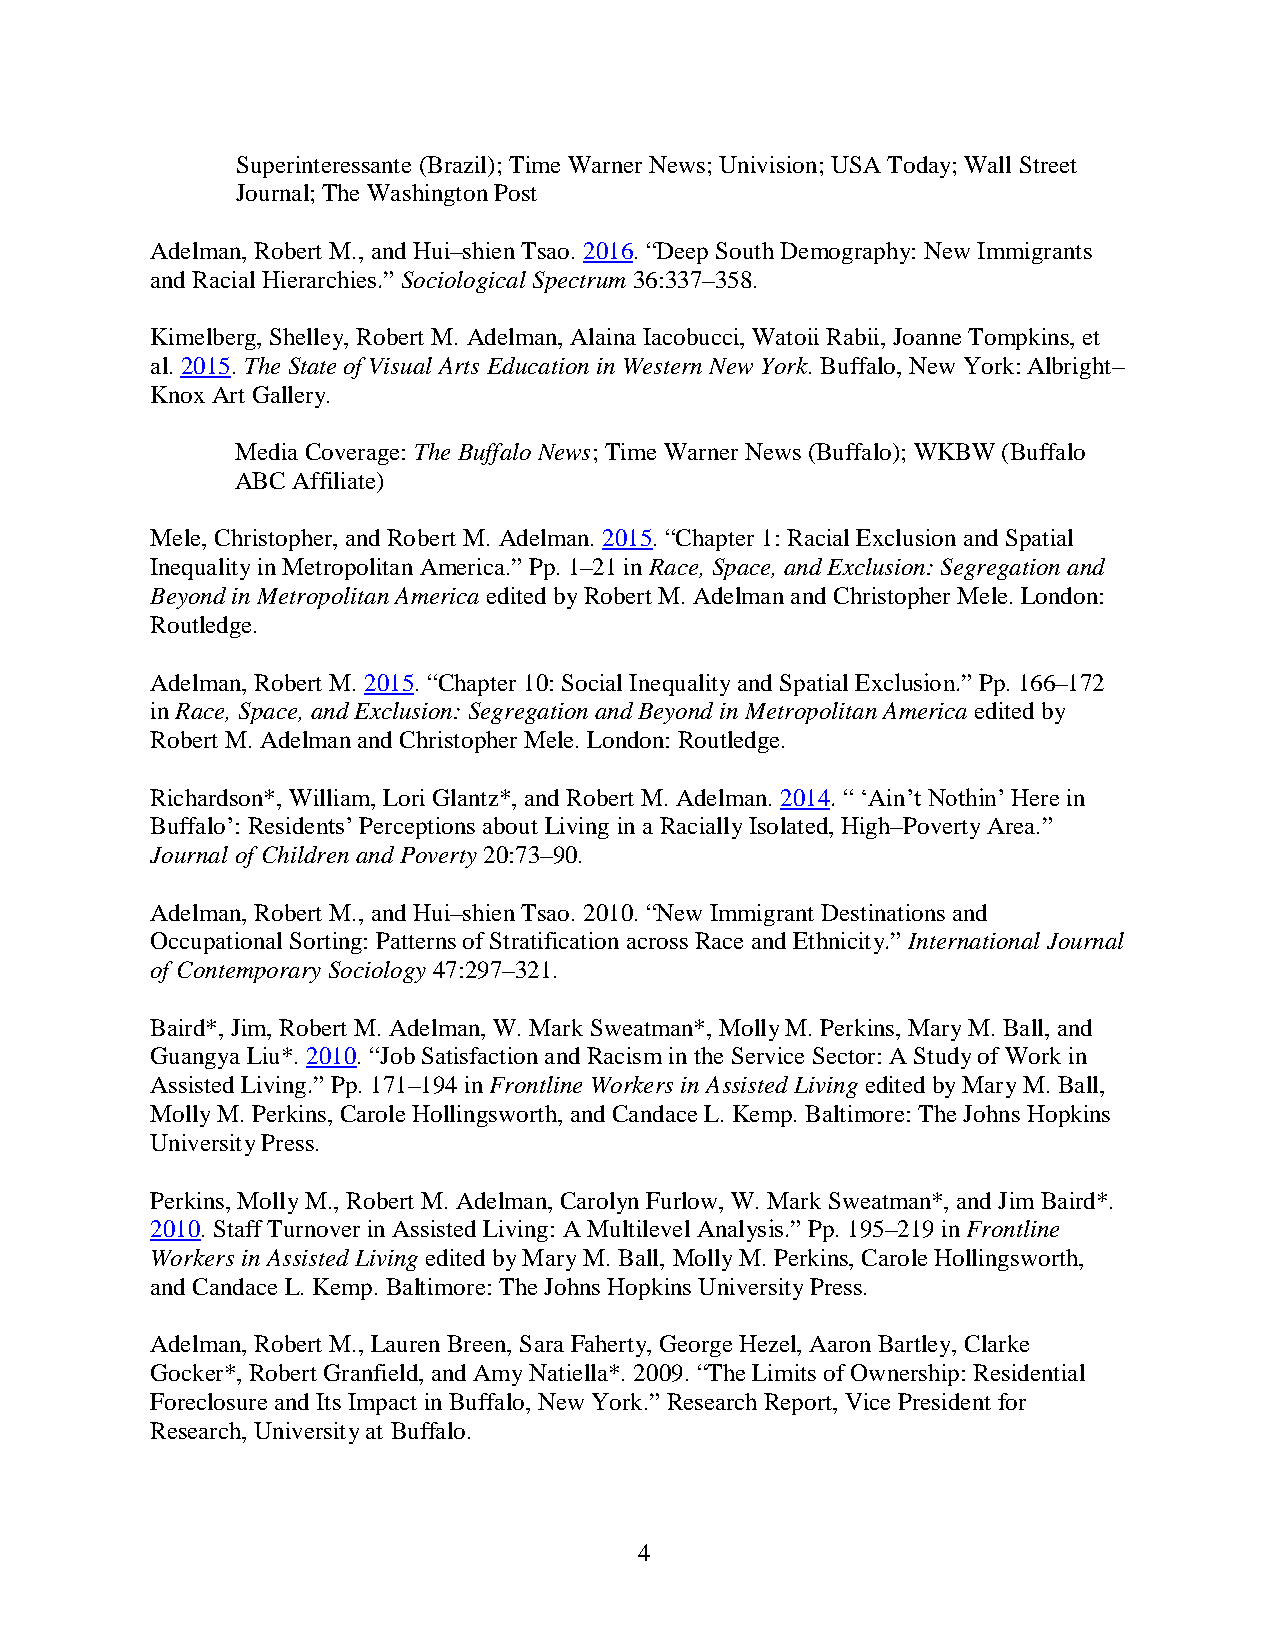
Superinteressante (Brazil); Time Warner News; Univision; USA Today; Wall Street
 Journal; The Washington Post
 Adelman, Robert M., and Hui–shien Tsao. 2016. “Deep South Demography: New Immigrants
 and Racial Hierarchies.” Sociological Spectrum 36:337–358.
 Kimelberg, Shelley, Robert M. Adelman, Alaina Iacobucci, Watoii Rabii, Joanne Tompkins, et
 al. 2015. The State of Visual Arts Education in Western New York. Buffalo, New York: Albright–
 Knox Art Gallery.
 Media Coverage: The Buffalo News; Time Warner News (Buffalo); WKBW (Buffalo
 ABC Affiliate)
 Mele, Christopher, and Robert M. Adelman. 2015. “Chapter 1: Racial Exclusion and Spatial
 Inequality in Metropolitan America.” Pp. 1–21 in Race, Space, and Exclusion: Segregation and
 Beyond in Metropolitan America edited by Robert M. Adelman and Christopher Mele. London:
 Routledge.
 Adelman, Robert M. 2015. “Chapter 10: Social Inequality and Spatial Exclusion.” Pp. 166–172
 in Race, Space, and Exclusion: Segregation and Beyond in Metropolitan America edited by
 Robert M. Adelman and Christopher Mele. London: Routledge.
 Richardson*, William, Lori Glantz*, and Robert M. Adelman. 2014. “ ‘Ain’t Nothin’ Here in
 Buffalo’: Residents’ Perceptions about Living in a Racially Isolated, High–Poverty Area.”
 Journal of Children and Poverty 20:73–90.
 Adelman, Robert M., and Hui–shien Tsao. 2010. “New Immigrant Destinations and
 Occupational Sorting: Patterns of Stratification across Race and Ethnicity.” International Journal
 of Contemporary Sociology 47:297–321.
 Baird*, Jim, Robert M. Adelman, W. Mark Sweatman*, Molly M. Perkins, Mary M. Ball, and
 Guangya Liu*. 2010. “Job Satisfaction and Racism in the Service Sector: A Study of Work in
 Assisted Living.” Pp. 171–194 in Frontline Workers in Assisted Living edited by Mary M. Ball,
 Molly M. Perkins, Carole Hollingsworth, and Candace L. Kemp. Baltimore: The Johns Hopkins
 University Press.
 Perkins, Molly M., Robert M. Adelman, Carolyn Furlow, W. Mark Sweatman*, and Jim Baird*.
 2010. Staff Turnover in Assisted Living: A Multilevel Analysis.” Pp. 195–219 in Frontline
 Workers in Assisted Living edited by Mary M. Ball, Molly M. Perkins, Carole Hollingsworth,
 and Candace L. Kemp. Baltimore: The Johns Hopkins University Press.
 Adelman, Robert M., Lauren Breen, Sara Faherty, George Hezel, Aaron Bartley, Clarke
 Gocker*, Robert Granfield, and Amy Natiella*. 2009. “The Limits of Ownership: Residential
 Foreclosure and Its Impact in Buffalo, New York.” Research Report, Vice President for
 Research, University at Buffalo.
 4